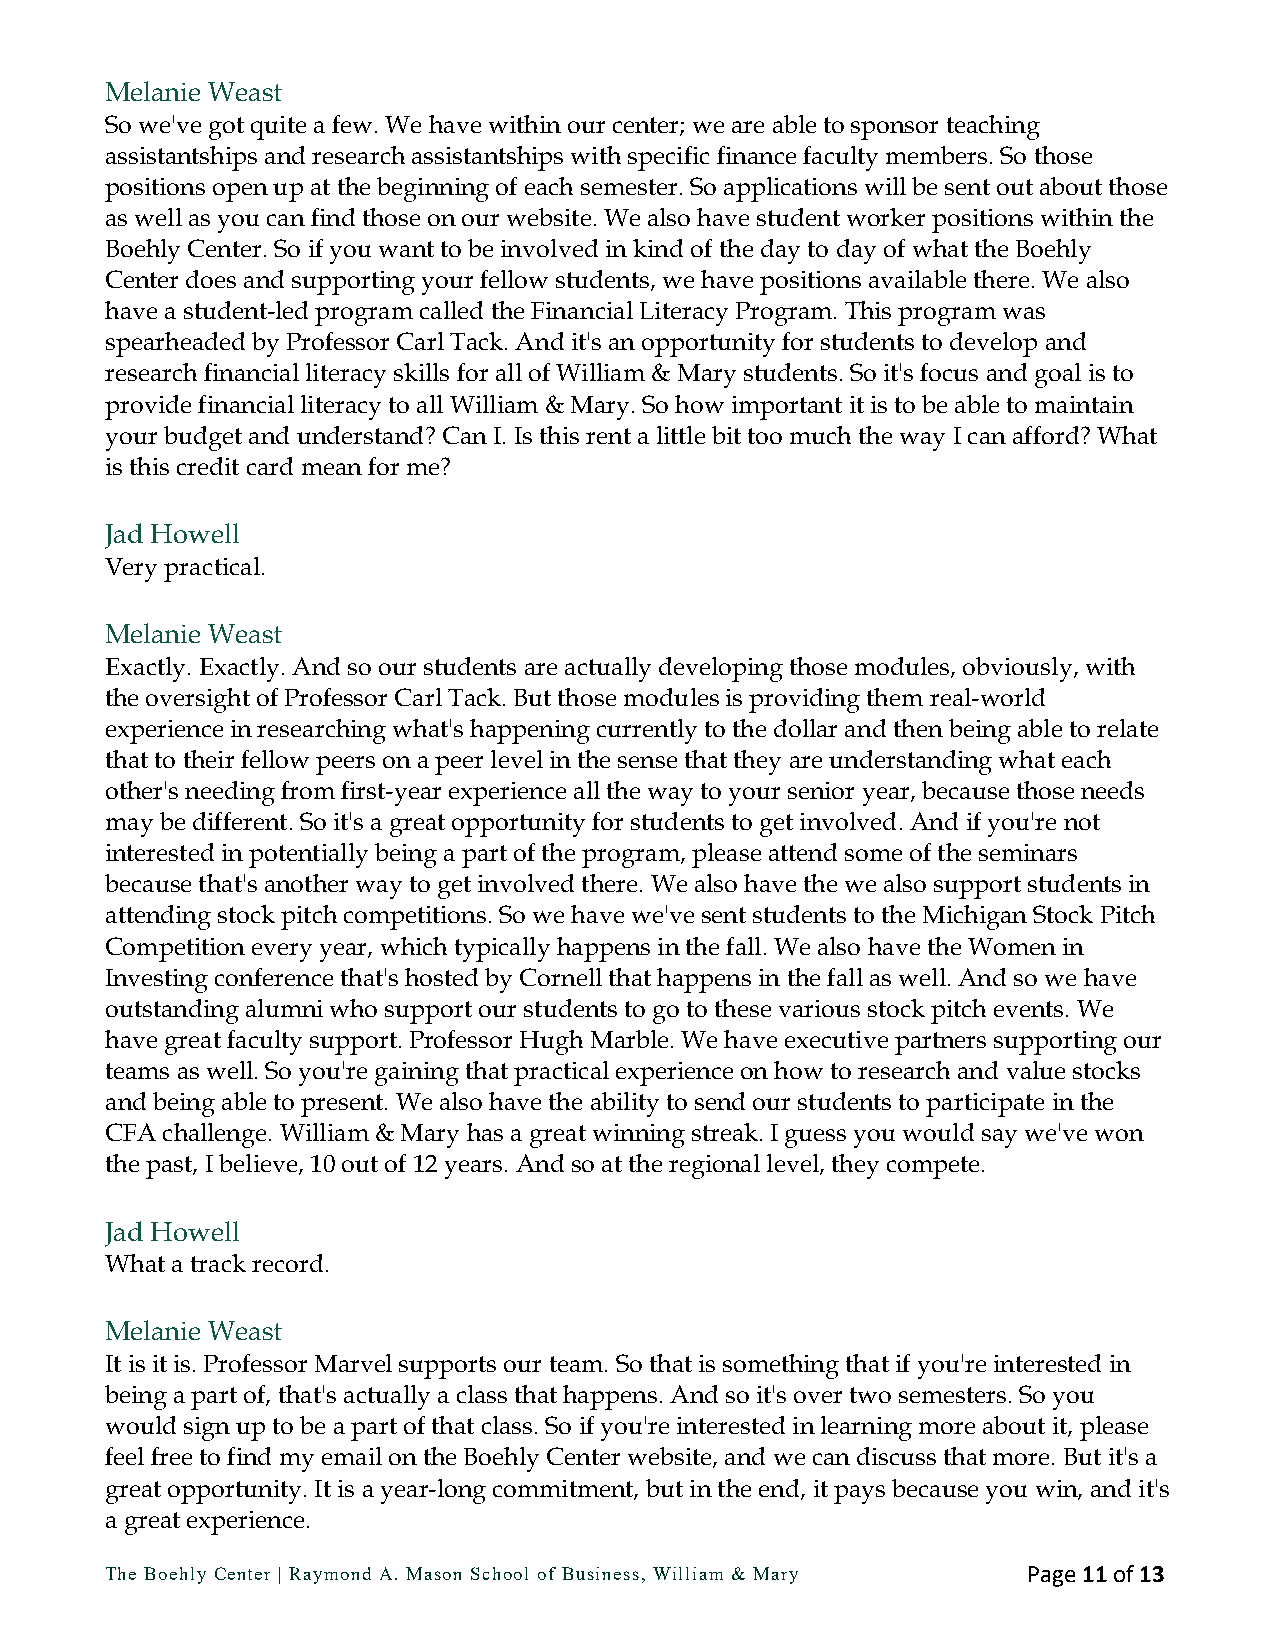
Melanie Weast
 So we've got quite a few. We have within our center; we are able to sponsor teaching
 assistantships and research assistantships with specific finance faculty members. So those
 positions open up at the beginning of each semester. So applications will be sent out about those
 as well as you can find those on our website. We also have student worker positions within the
 Boehly Center. So if you want to be involved in kind of the day to day of what the Boehly
 Center does and supporting your fellow students, we have positions available there. We also
 have a student-led program called the Financial Literacy Program. This program was
 spearheaded by Professor Carl Tack. And it's an opportunity for students to develop and
 research financial literacy skills for all of William & Mary students. So it's focus and goal is to
 provide financial literacy to all William & Mary. So how important it is to be able to maintain
 your budget and understand? Can I. Is this rent a little bit too much the way I can afford? What
 is this credit card mean for me?
 Jad Howell
 Very practical.
 Melanie Weast
 Exactly. Exactly. And so our students are actually developing those modules, obviously, with
 the oversight of Professor Carl Tack. But those modules is providing them real-world
 experience in researching what's happening currently to the dollar and then being able to relate
 that to their fellow peers on a peer level in the sense that they are understanding what each
 other's needing from first-year experience all the way to your senior year, because those needs
 may be different. So it's a great opportunity for students to get involved. And if you're not
 interested in potentially being a part of the program, please attend some of the seminars
 because that's another way to get involved there. We also have the we also support students in
 attending stock pitch competitions. So we have we've sent students to the Michigan Stock Pitch
 Competition every year, which typically happens in the fall. We also have the Women in
 Investing conference that's hosted by Cornell that happens in the fall as well. And so we have
 outstanding alumni who support our students to go to these various stock pitch events. We
 have great faculty support. Professor Hugh Marble. We have executive partners supporting our
 teams as well. So you're gaining that practical experience on how to research and value stocks
 and being able to present. We also have the ability to send our students to participate in the
 CFA challenge. William & Mary has a great winning streak. I guess you would say we've won
 the past, I believe, 10 out of 12 years. And so at the regional level, they compete.
 Jad Howell
 What a track record.
 Melanie Weast
 It is it is. Professor Marvel supports our team. So that is something that if you're interested in
 being a part of, that's actually a class that happens. And so it's over two semesters. So you
 would sign up to be a part of that class. So if you're interested in learning more about it, please
 feel free to find my email on the Boehly Center website, and we can discuss that more. But it's a
 great opportunity. It is a year-long commitment, but in the end, it pays because you win, and it's
 a great experience.
 The Boehly Center | Raymond A. Mason School of Business, William & Mary Page 11 of 13